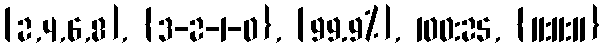
[2,4,6,8], {3-2-1-0}, [99.9%], 100:25, {11:11:11}